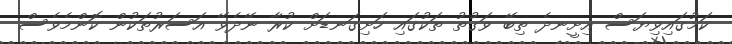
ކަމުގައިވިޔަސް އިށީނދެ ތިބޭ ވަގުތު ތަކުގައި ހަށިގަނޑަށް ކުރާ ނޭދެވޭ އަސަރުތަކުން ކޮންމެވެސް